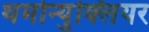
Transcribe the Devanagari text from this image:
थर्मोन्युक्लियर